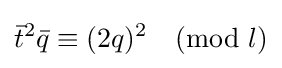
{\bar {t}}^{2}{\bar {q}}\equiv (2q)^{2}{\pmod {l}}